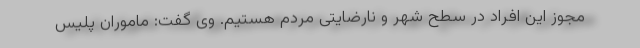
مجوز این افراد در سطح شهر و نارضایتی مردم هستیم. وی گفت: ماموران پلیس